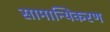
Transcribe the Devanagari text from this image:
सामान्यिकरण